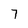
Character: 7